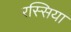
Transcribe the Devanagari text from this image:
रस्सिया